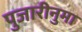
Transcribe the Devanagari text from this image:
पुजारीनुमा